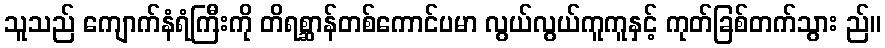
သူသည် ကျောက်နံရံကြီးကို တိရစ္ဆာန်တစ်ကောင်ပမာ လွယ်လွယ်ကူကူနှင့် ကုတ်ခြစ်တက်သွား ည်။